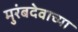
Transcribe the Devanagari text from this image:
मुरंबदेवाच्या